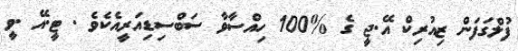
ފުލްގަފަން ޒިއުރިކް އޭ.ޖީ ގެ %100 ހިއްސާވާ ސަބްސިޑިއަރީއެކެވެ . ޓީ.އޭ .ވީ